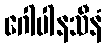
ဂေါပါနသီနံ